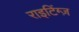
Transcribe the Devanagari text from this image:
राइटिंग्ज़